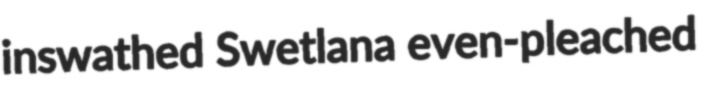
inswathed Swetlana even-pleached